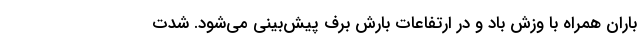
باران همراه با وزش باد و در ارتفاعات بارش برف پیش‌بینی می‌شود. شدت